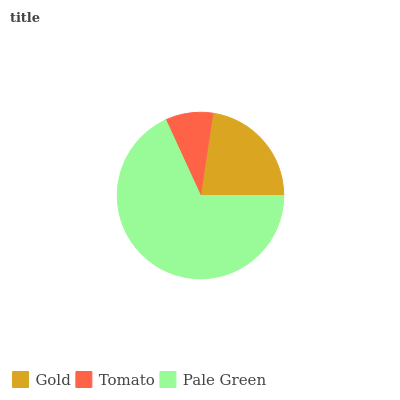
| Gold | Tomato | Pale Green |
 | --- | --- | --- |
 | 22.6% | 9.24% | 68.2% |